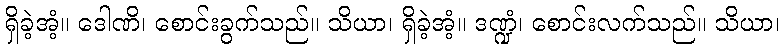
ရှိခဲ့အံ့။ ဒေါဏိ၊ စောင်းခွက်သည်။ သိယာ၊ ရှိခဲ့အံ့။ ဒဏ္ဍံ၊ စောင်းလက်သည်။ သိယာ၊